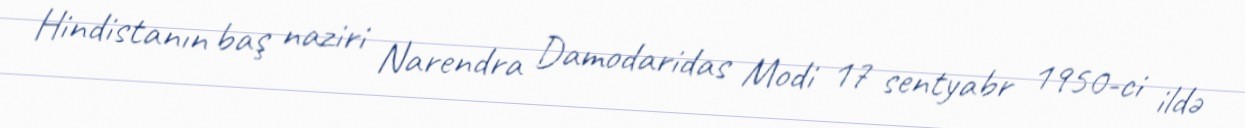
Hindistanın baş naziri Narendra Damodaridas Modi 17 sentyabr 1950-ci ildə